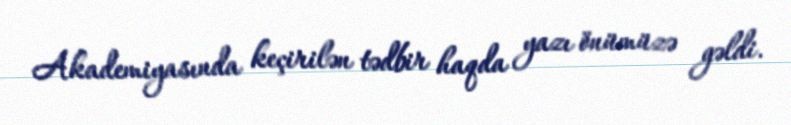
Akademiyasında keçirilən tədbir haqda yazı önümüzə gəldi.